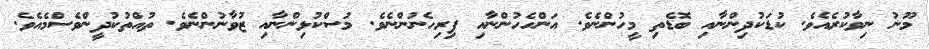
މޫނު ނިވާކުރެއެވެ. ކުޑަކުދިންނާއި ބޮޑެތި މީހުންނެވެ. އަންހެހުންނާއި ފިރިހެނުންނެވެ. މުސްކުޅިންނާއި ޒުވާނުންނެވެ. ތުއްތުކުދީންވެސްމެއެވެ.